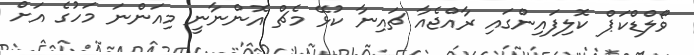
ވޯލްޑްކަޕް ކޮލިފައިންގައި ރާއްޖެއާ ޗައިނާ ކުޅޭ މެޗް އޮންނާނީ މިއަންނަ މަހުގެ އަށް